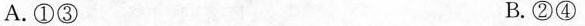
A.①③ B.②④